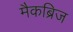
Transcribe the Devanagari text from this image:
मैकब्रिज